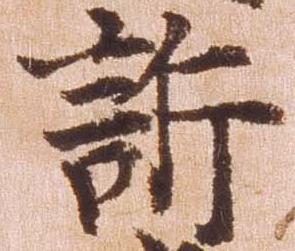
訴